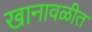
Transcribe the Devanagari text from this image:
खानावळीत